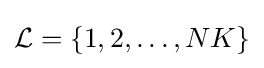
{\mathcal {L}}=\{1,2,\ldots ,NK\}